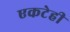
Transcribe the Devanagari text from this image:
एकटेही